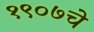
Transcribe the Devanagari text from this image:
१९०७चे